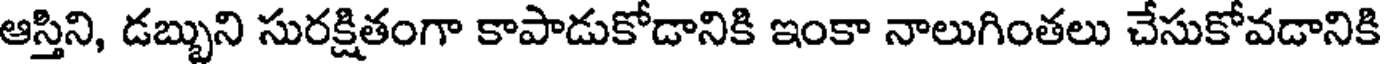
ఆస్తిని, డబ్బుని సురక్షితంగా కాపాడుకోడానికి ఇంకా నాలుగింతలు చేసుకోవడానికి